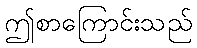
ဤစာကြောင်းသည်